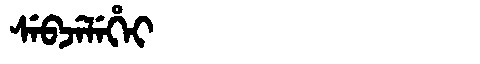
Manchu: ᠰᡝᠪᠵᡝᠯᡝᡥᡝᡳ
Romanization: SEBJELEHEI